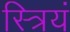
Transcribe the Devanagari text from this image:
स्त्रियं